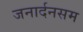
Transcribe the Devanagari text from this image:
जनार्दनसम